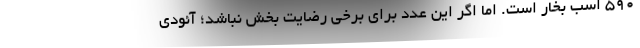
590 اسب بخار است. اما اگر این عدد برای برخی رضایت بخش نباشد؛ آئودی